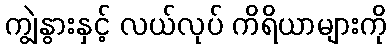
ကျွဲနွားနှင့် လယ်လုပ် ကိရိယာများကို